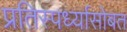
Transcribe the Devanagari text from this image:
प्रतिस्पर्ध्यासोबत